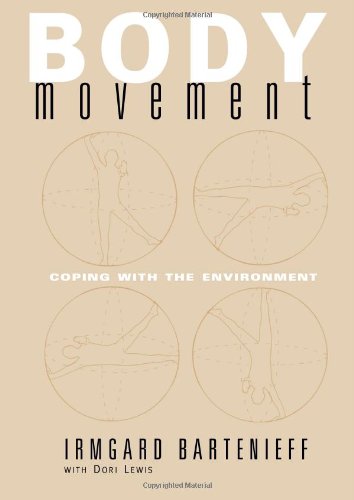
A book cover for Body Movement: Coping with the Environment; Irmgard Bartenieff; Medical Books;